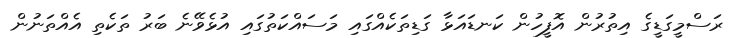
ރަސްމީގަޑީގެ އިތުރުން އޮފީހުން ކަނޑައަޅާ ގަޑިތަކެއްގައި މަސައްކަތުގައި އުޅެވޭނެ ބަރު ތަކެތި އެއްތަނުން